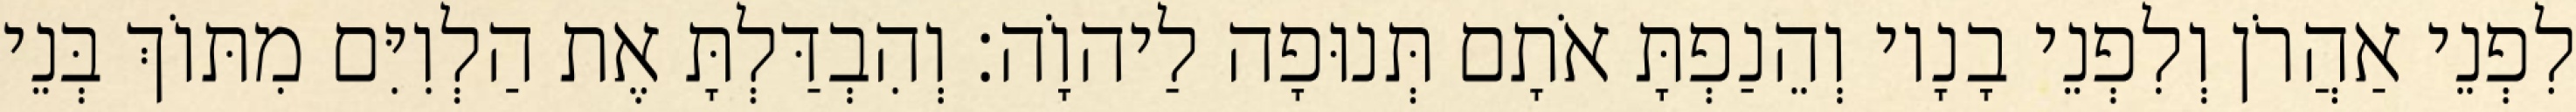
לִפְנֵי אַהֲרֹן וְלִפְנֵי בָנָיו וְהֵנַפְתָּ אֹתָם תְּנוּפָה לַיהוָֹה׃ וְהִבְדַּלְתָּ אֶת הַלְוִיִּם מִתּוֹךְ בְּנֵי